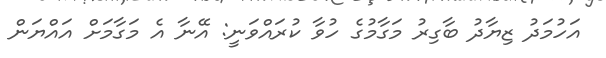
އަހުމަދު ޒިޔާދު ބާގިރު މަގާމުގެ ހުވާ ކުރައްވަނީ: އޭނާ އެ މަގާމަށް އައްޔަން